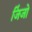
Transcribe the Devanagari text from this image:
जिंजो